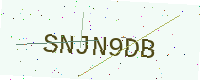
Text: SNJN9DB